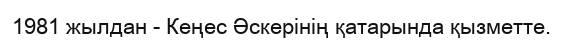
1981 жылдан - Кеңес Әскерінің қатарында қызметте.